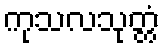
ကုသလသုတ္တံ